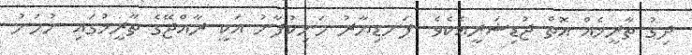
ދިގު ތާރީޚެއް އޮތް ޖުޑިޝަރީއެކެވެ. ފަނޑިޔާރު މަނިކުފާނު އަކީ ރާއްޖޭގެ ތާރީޚުގައި ނުހަނު